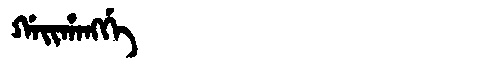
Manchu: ᡤᠠᡳᡥᠠᠩᡤᡝ
Romanization: GAIHANGGE